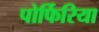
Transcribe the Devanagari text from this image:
पोर्फिरिया